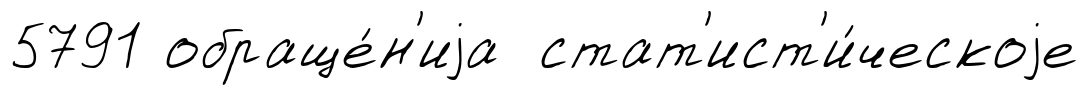
5791 обраще́н'иjа стат'ист'и́ческоjе